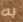
به